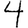
Digit: 4